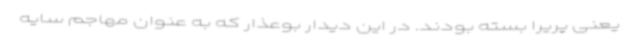
یعنی پریرا بسته بودند. در این دیدار بوعذار که به عنوان مهاجم سایه